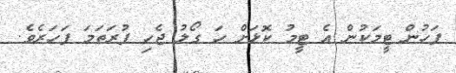
ފަހުން ޓީމަކުން އެ ޓީމު ކޮޅަށް ހަ ގޯލު ޖެހި ފުރަތަމަ ފަހަރެވެ.